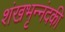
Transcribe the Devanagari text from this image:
शंखभृन्नंदकी